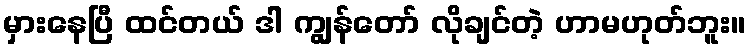
မှားနေပြီ ထင်တယ် ဒါ ကျွန်တော် လိုချင်တဲ့ ဟာမဟုတ်ဘူး။